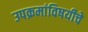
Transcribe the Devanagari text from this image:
उपक्रमांविषयीचे